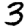
Digit: 3